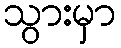
သွားမှာ